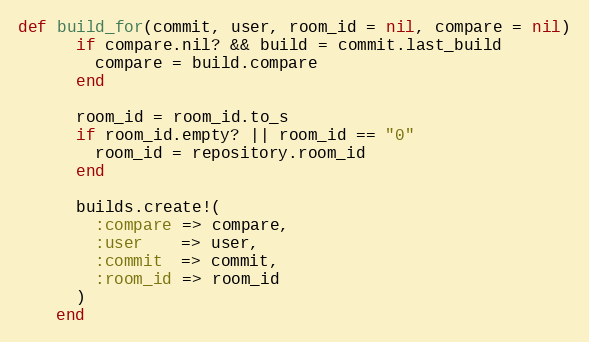
Language: Ruby
def build_for(commit, user, room_id = nil, compare = nil)
      if compare.nil? && build = commit.last_build
        compare = build.compare
      end

      room_id = room_id.to_s
      if room_id.empty? || room_id == "0"
        room_id = repository.room_id
      end

      builds.create!(
        :compare => compare,
        :user    => user,
        :commit  => commit,
        :room_id => room_id
      )
    end